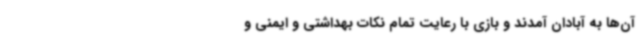
آن‌ها به آبادان آمدند و بازی با رعایت تمام نکات بهداشتی و ایمنی و